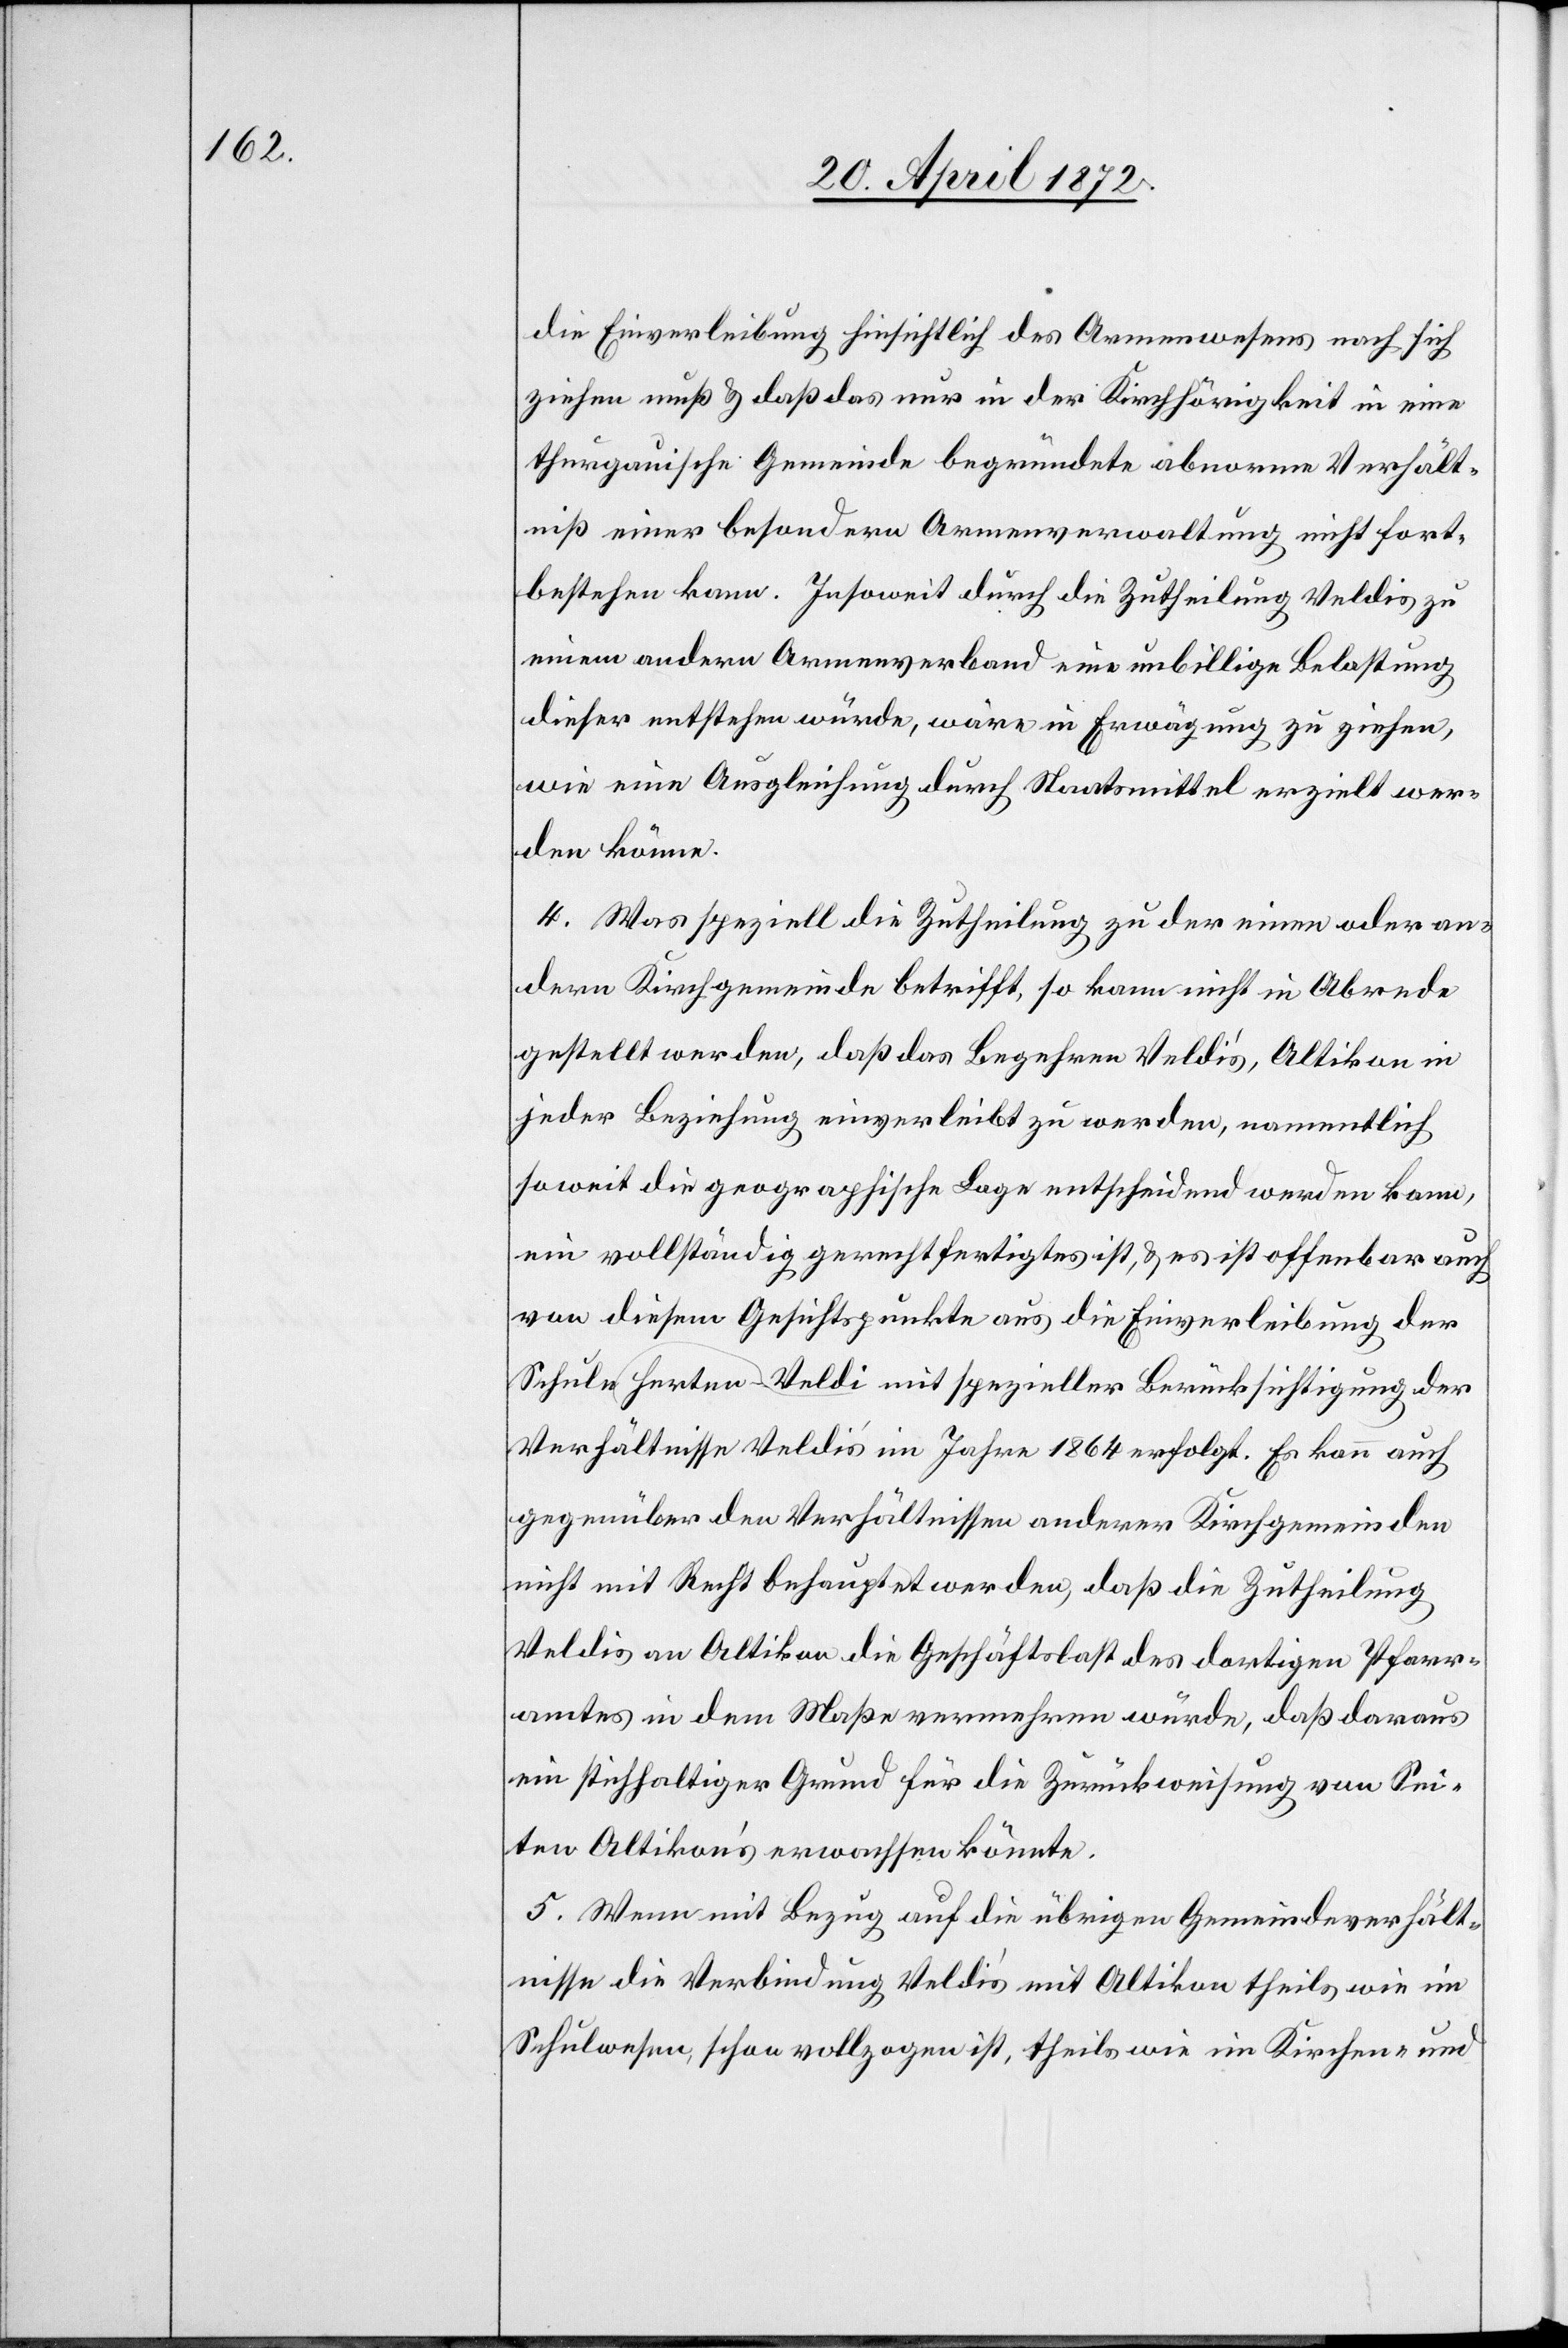
die Einverleibung hinsichtlich des Armenwesens nach sich
ziehen muß u. daß das nur in der Kirchhörigkeit in eine
thurgauische Gemeinde begründete abnorme Verhält¬
niß einer besondern Armenverwaltung nicht fort¬
bestehen kann. Insoweit durch die Zutheilung Veldis zu
einem andern Armenverband eine unbillige Belastung
dieser entstehen würde, wäre in Erwägung zu ziehen,
wie eine Ausgleichung durch Staatsmittel erzielt wer¬
den könne.
4. Was speziell die Zutheilung zu der einen oder an¬
dern Kirchgemeinde betrifft, so kann nicht in Abrede
gestellt werden, daß das Begehren Veldi’s, Altikon in
jeder Beziehung einverleibt zu werden, namentlich
soweit die geographische Lage entscheidend werden kann,
ein vollständig gerechtfertigtes ist, u. es ist offenbar auch
von diesem Gesichtspunkte aus die Einverleibung der
Schule Herten-Veldi mit spezieller Berücksichtigung der
Verhältnisse Veldi’s im Jahre 1864 erfolgt. Es kann auch
gegenüber den Verhältnissen anderer Kirchgemeinden
nicht mit Recht behauptet werden, daß die Zutheilung
Veldis an Altikon die Geschäftslast des dortigen Pfarr¬
amtes in dem Maße vermehren würde, daß daraus
ein stichhaltiger Grund für die Zurückweisung von Sei¬
ten Altikon’s erwachsen könnte.
5. Wenn mit Bezug auf die übrigen Gemeindeverhält¬
nisse die Verbindung Veldi’s mit Altikon theils wie im
Schulwesen, schon vollzogen ist, theils wie im Kirchen- und